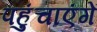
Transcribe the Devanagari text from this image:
पहुंचाएंगें